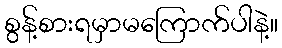
စွန့်စားရမှာမကြောက်ပါနဲ့။